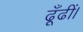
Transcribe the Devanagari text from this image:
ढूँढीं।